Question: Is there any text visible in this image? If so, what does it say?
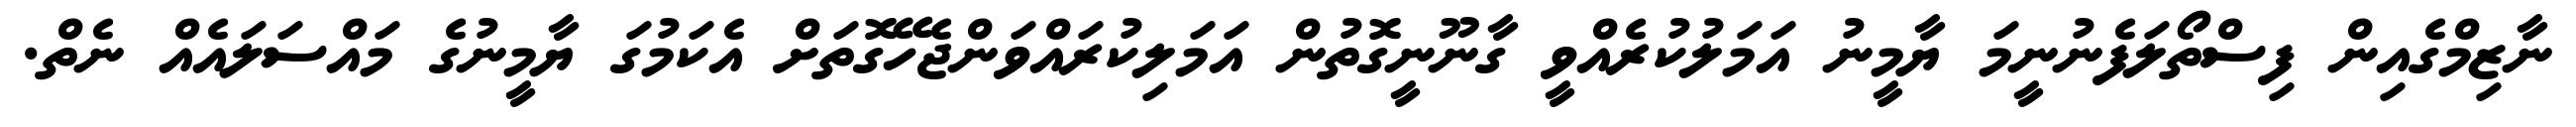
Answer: ނާޒިމްގެއިން ފިސްތޯލަފެނުނީމަ ޔާމީނު އަމަލުކުރެއްވީ ގާނޫނީގޮތުން އަމަލިކުރައްވަންޖެހޭގޮތަށް އެކަމުގަ ޔާމީނުގެ މައްސަލައެއް ނެތް.